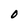
Character: O